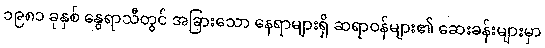
၁၉၈၁ ခုနှစ် နွေရာသီတွင် အခြားသော နေရာများရှိ ဆရာဝန်များ၏ ဆေးခန်းများမှာ